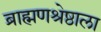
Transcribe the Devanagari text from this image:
ब्राह्मणश्रेष्ठाला